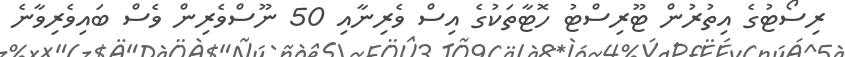
ރިސޯޓުގެ އިތުރުން ޓޫރިސްޓު ހޮޓާތަކުގެ އިސް ވެރިނާއި 50 ނޫސްވެރިން ވެސް ބައިވެރިވާނެ